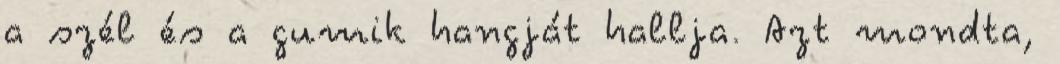
a szél és a gumik hangját hallja. Azt mondta,